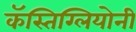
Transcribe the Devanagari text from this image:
कॅस्तिग्लियोनी